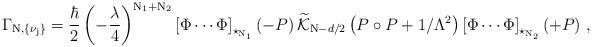
LaTeX: \begin{align*}\Gamma_{\rm N, \{ \nu_j \} } = \frac{\hbar}{2} \left( - \frac{\lambda}{4} \right)^{\rm N_1 + N_2 } \left[\Phi \cdots\Phi \right]_{\star_{\rm N_1}} \left( - P \right) \widetilde{{\cal K}}_{{\rm N}- d/2} \left( P \circ P + 1/ \Lambda^2 \right) \left[ \Phi \cdots\Phi \right]_{\star_{\rm N_2}} (+ P ) ~ ,\end{align*}